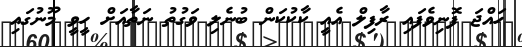
ހައްޖަ ފޮނިވެފައި ރާފިލް އެއީ ކާކުކަން ބުނެލި ވަގުތު ނަތާއަށް ހީވީ މޫނުގައި